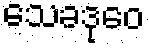
သေခဒုဝေ